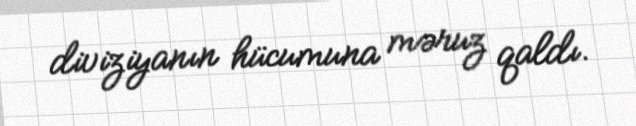
diviziyanın hücumuna məruz qaldı.